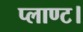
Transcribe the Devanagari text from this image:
प्लाण्ट।